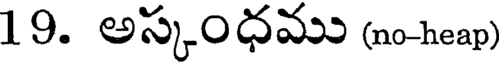
19. అస్కంధము (no-heap)